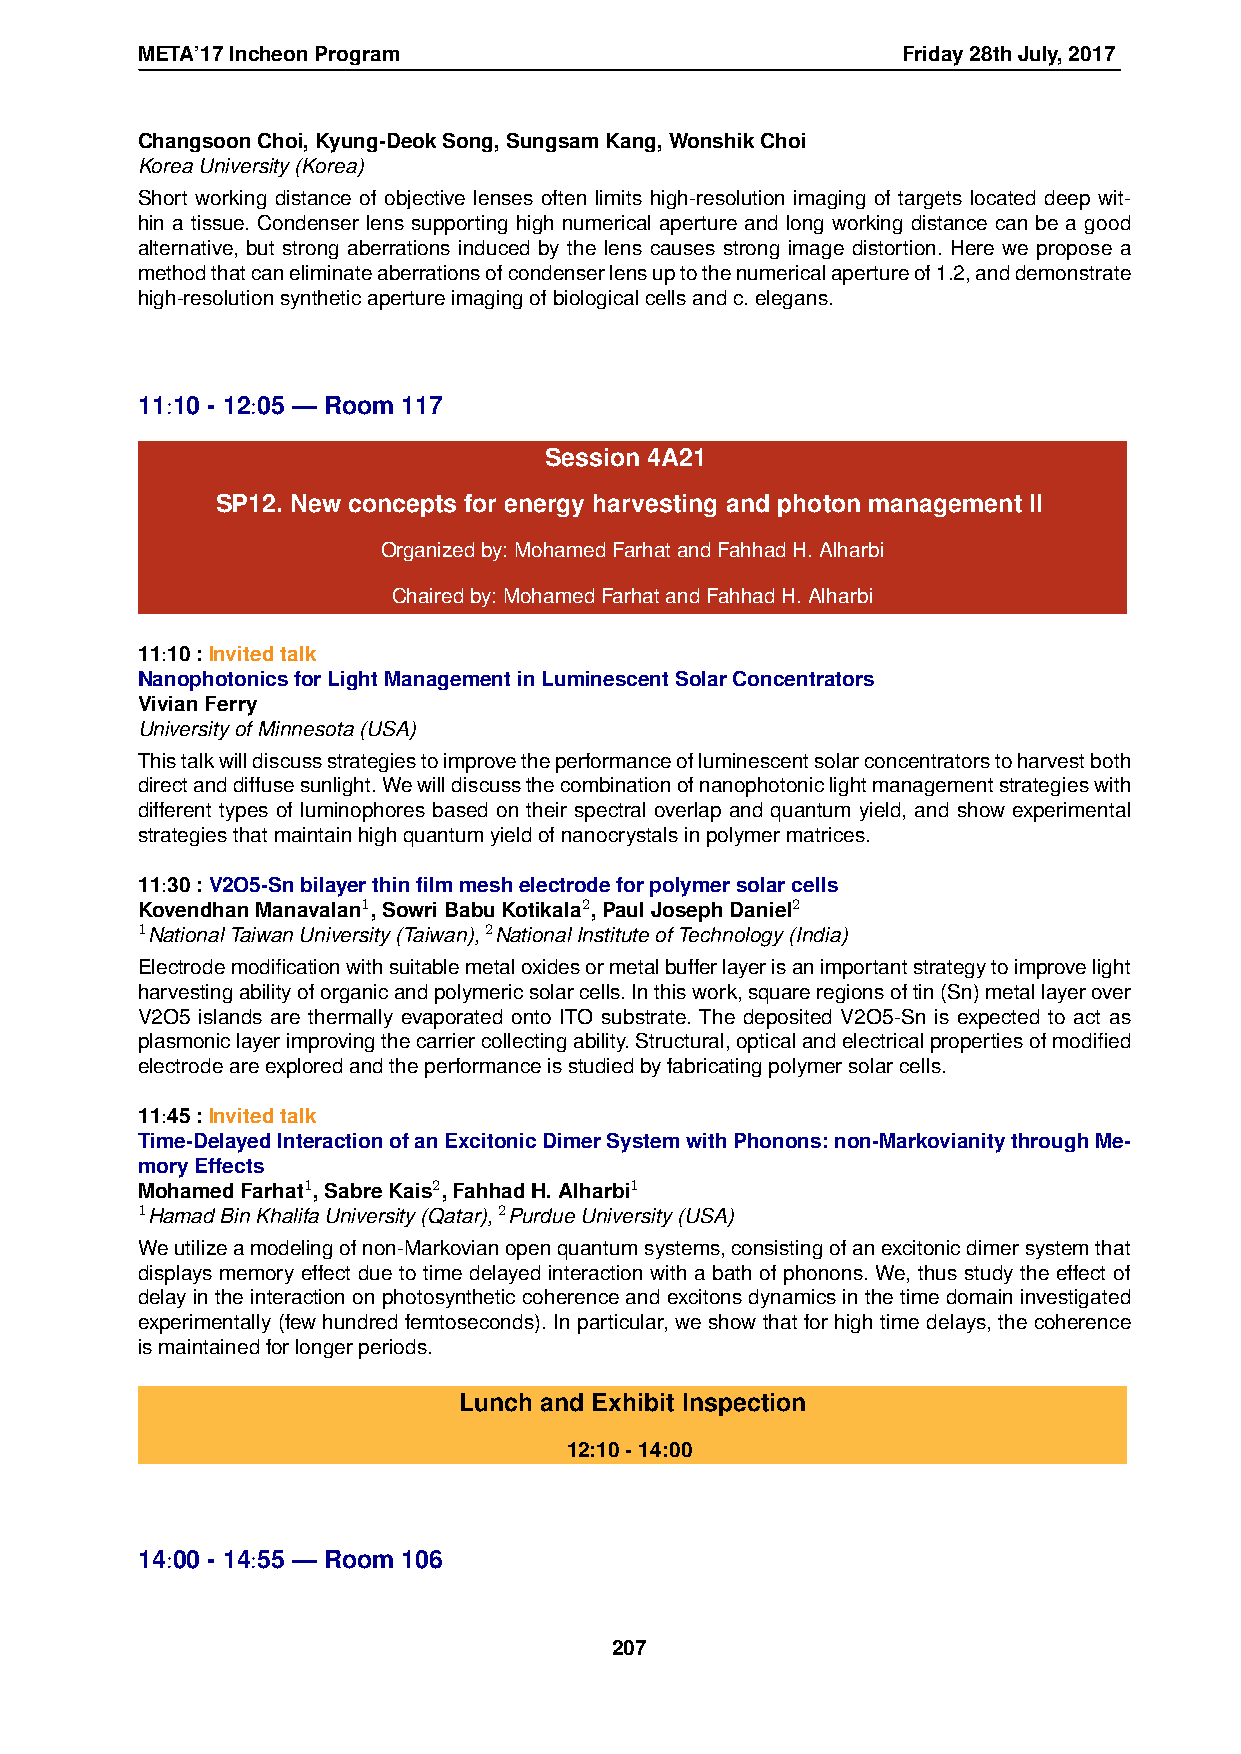
META’17IncheonProgram                              Friday28thJuly,2017
 ChangsoonChoi,Kyung-DeokSong,SungsamKang,WonshikChoi
 KoreaUniversity(Korea)
 Short working distance of objective lenses often limits high-resolution imaging of targets located deep wit-
 hin a tissue. Condenser lens supporting high numerical aperture and long working distance can be a good
 alternative, but strong aberrations induced by the lens causes strong image distortion. Here we propose a
 methodthatcaneliminateaberrationsofcondenserlensuptothenumericalapertureof1.2,anddemonstrate
 high-resolutionsyntheticapertureimagingofbiologicalcellsandc.elegans.
 11:10 - 12:05 — Room 117
 Session 4A21
 SP12. New concepts for energy harvesting and photon management II
 Organizedby:MohamedFarhatandFahhadH.Alharbi
 Chairedby:MohamedFarhatandFahhadH.Alharbi
 11:10:Invitedtalk
 NanophotonicsforLightManagementinLuminescentSolarConcentrators
 VivianFerry
 UniversityofMinnesota(USA)
 Thistalkwilldiscussstrategiestoimprovetheperformanceofluminescentsolarconcentratorstoharvestboth
 directanddiffusesunlight.Wewilldiscussthecombinationofnanophotoniclightmanagementstrategieswith
 different types of luminophores based on their spectral overlap and quantum yield, and show experimental
 strategiesthatmaintainhighquantumyieldofnanocrystalsinpolymermatrices.
 11:30:V2O5-Snbilayerthinfilmmeshelectrodeforpolymersolarcells
 KovendhanManavalan1,SowriBabuKotikala2,PaulJosephDaniel2
 1NationalTaiwanUniversity(Taiwan),2NationalInstituteofTechnology(India)
 Electrodemodificationwithsuitablemetaloxidesormetalbufferlayerisanimportantstrategytoimprovelight
 harvestingabilityoforganicandpolymericsolarcells.Inthiswork,squareregionsoftin(Sn)metallayerover
 V2O5 islands are thermally evaporated onto ITO substrate. The deposited V2O5-Sn is expected to act as
 plasmoniclayerimprovingthecarriercollectingability.Structural,opticalandelectricalpropertiesofmodified
 electrodeareexploredandtheperformanceisstudiedbyfabricatingpolymersolarcells.
 11:45:Invitedtalk
 Time-DelayedInteractionofanExcitonicDimerSystemwithPhonons:non-MarkovianitythroughMe-
 moryEffects
 MohamedFarhat1,SabreKais2,FahhadH.Alharbi1
 1HamadBinKhalifaUniversity(Qatar),2PurdueUniversity(USA)
 Weutilizeamodelingofnon-Markovianopenquantumsystems,consistingofanexcitonicdimersystemthat
 displays memory effect due to time delayed interaction with a bath of phonons. We, thus study the effect of
 delay in the interaction on photosynthetic coherence and excitons dynamics in the time domain investigated
 experimentally (few hundred femtoseconds). In particular, we show that for high time delays, the coherence
 ismaintainedforlongerperiods.
 Lunch and Exhibit Inspection
 12:10-14:00
 14:00 - 14:55 — Room 106
 207